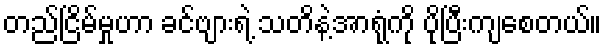
တည်ငြိမ်မှုဟာ ခင်ဗျားရဲ့ သတိနဲ့အာရုံကို ပိုပြီးကျစေတယ်။